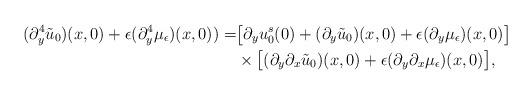
LaTeX: \begin{align*}(\partial^4_y \tilde u_0)(x, 0)+\epsilon(\partial^4_y \mu_\epsilon)(x, 0))=&\big[\partial_yu^s_0(0) + (\partial_y\tilde{u}_0)(x, 0)+\epsilon(\partial_y \mu_\epsilon)(x, 0)\big]\\&\times\big[(\partial_y\partial_x\tilde{u}_0)(x, 0)+\epsilon(\partial_y \partial_x\mu_\epsilon)(x, 0)\big],\end{align*}